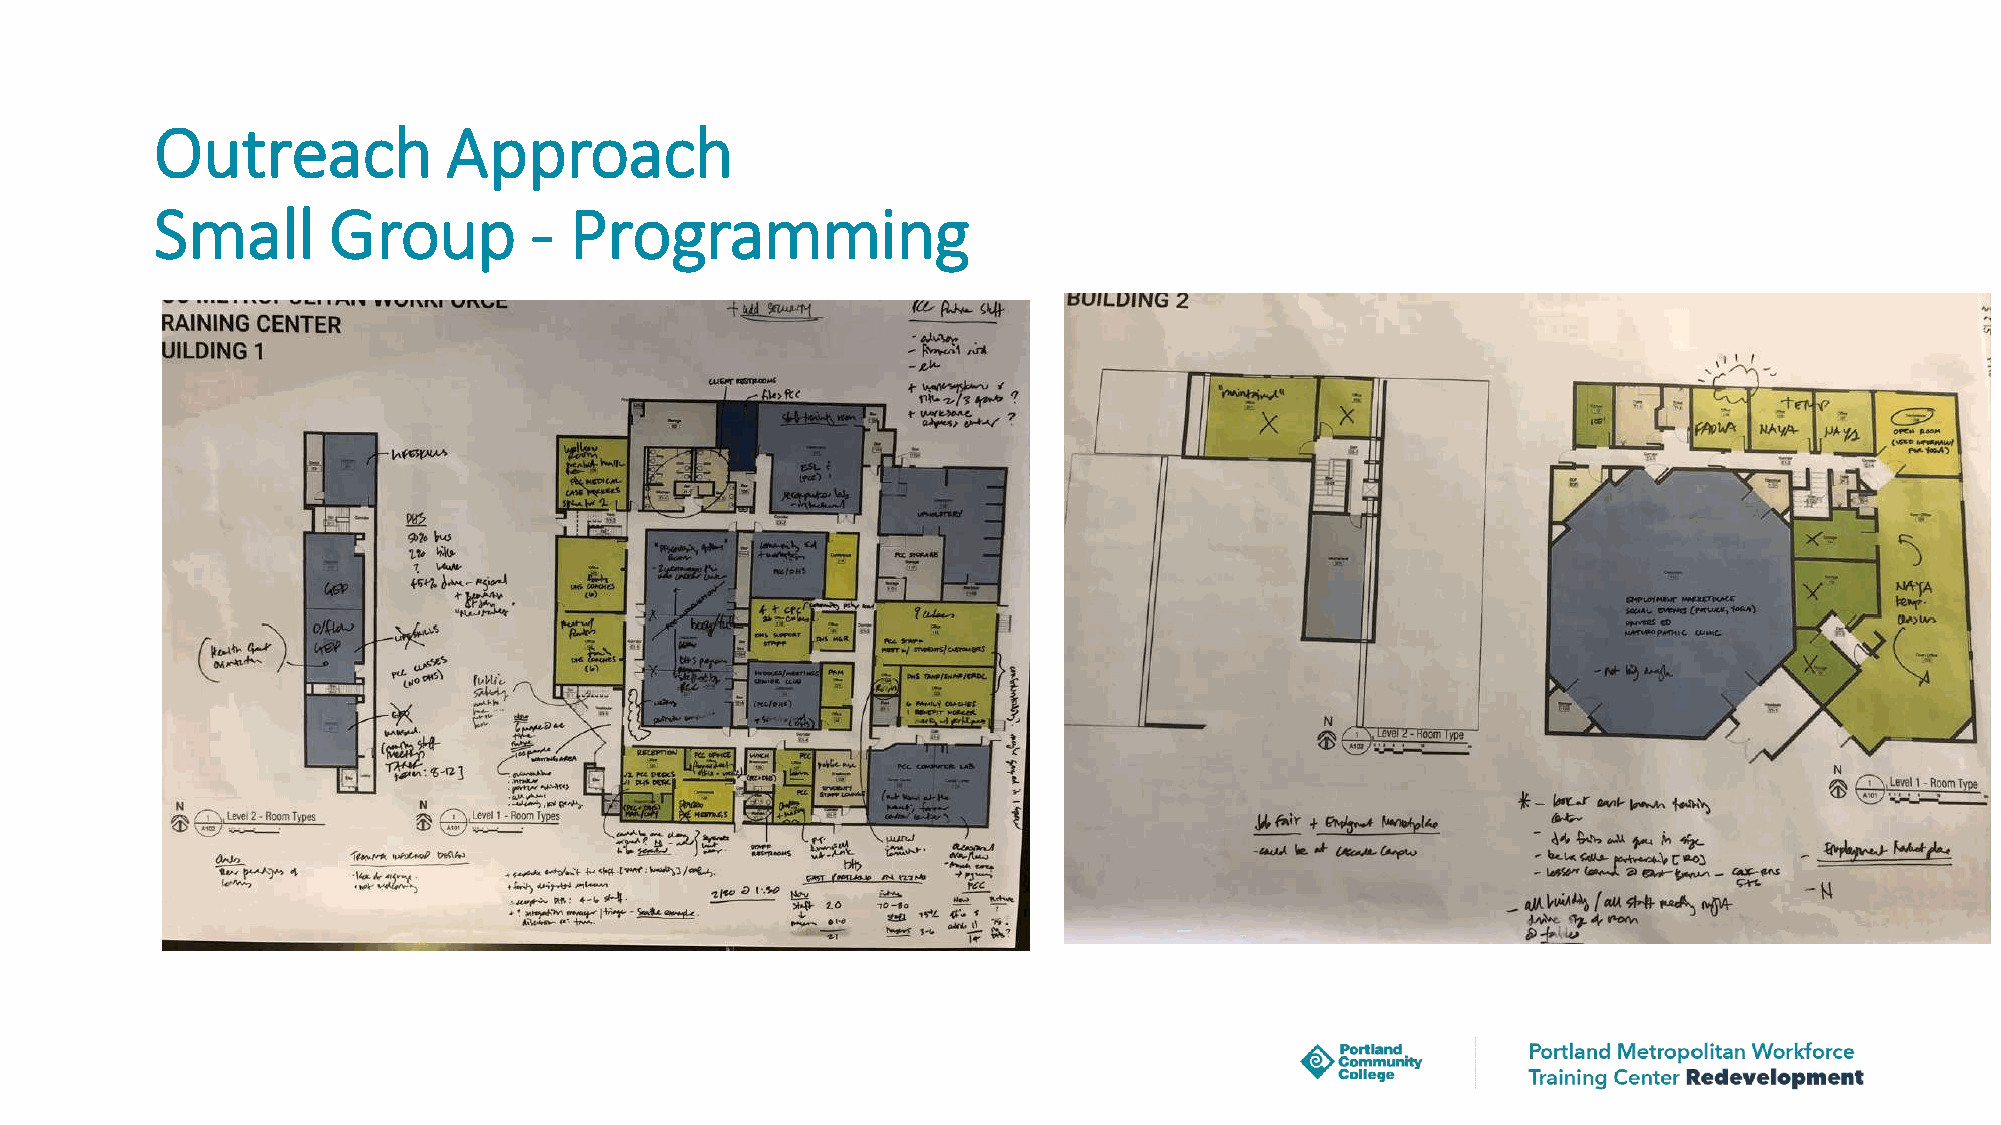
Outreach            Approach
 Small       Group        -  Programming